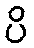
ပိ